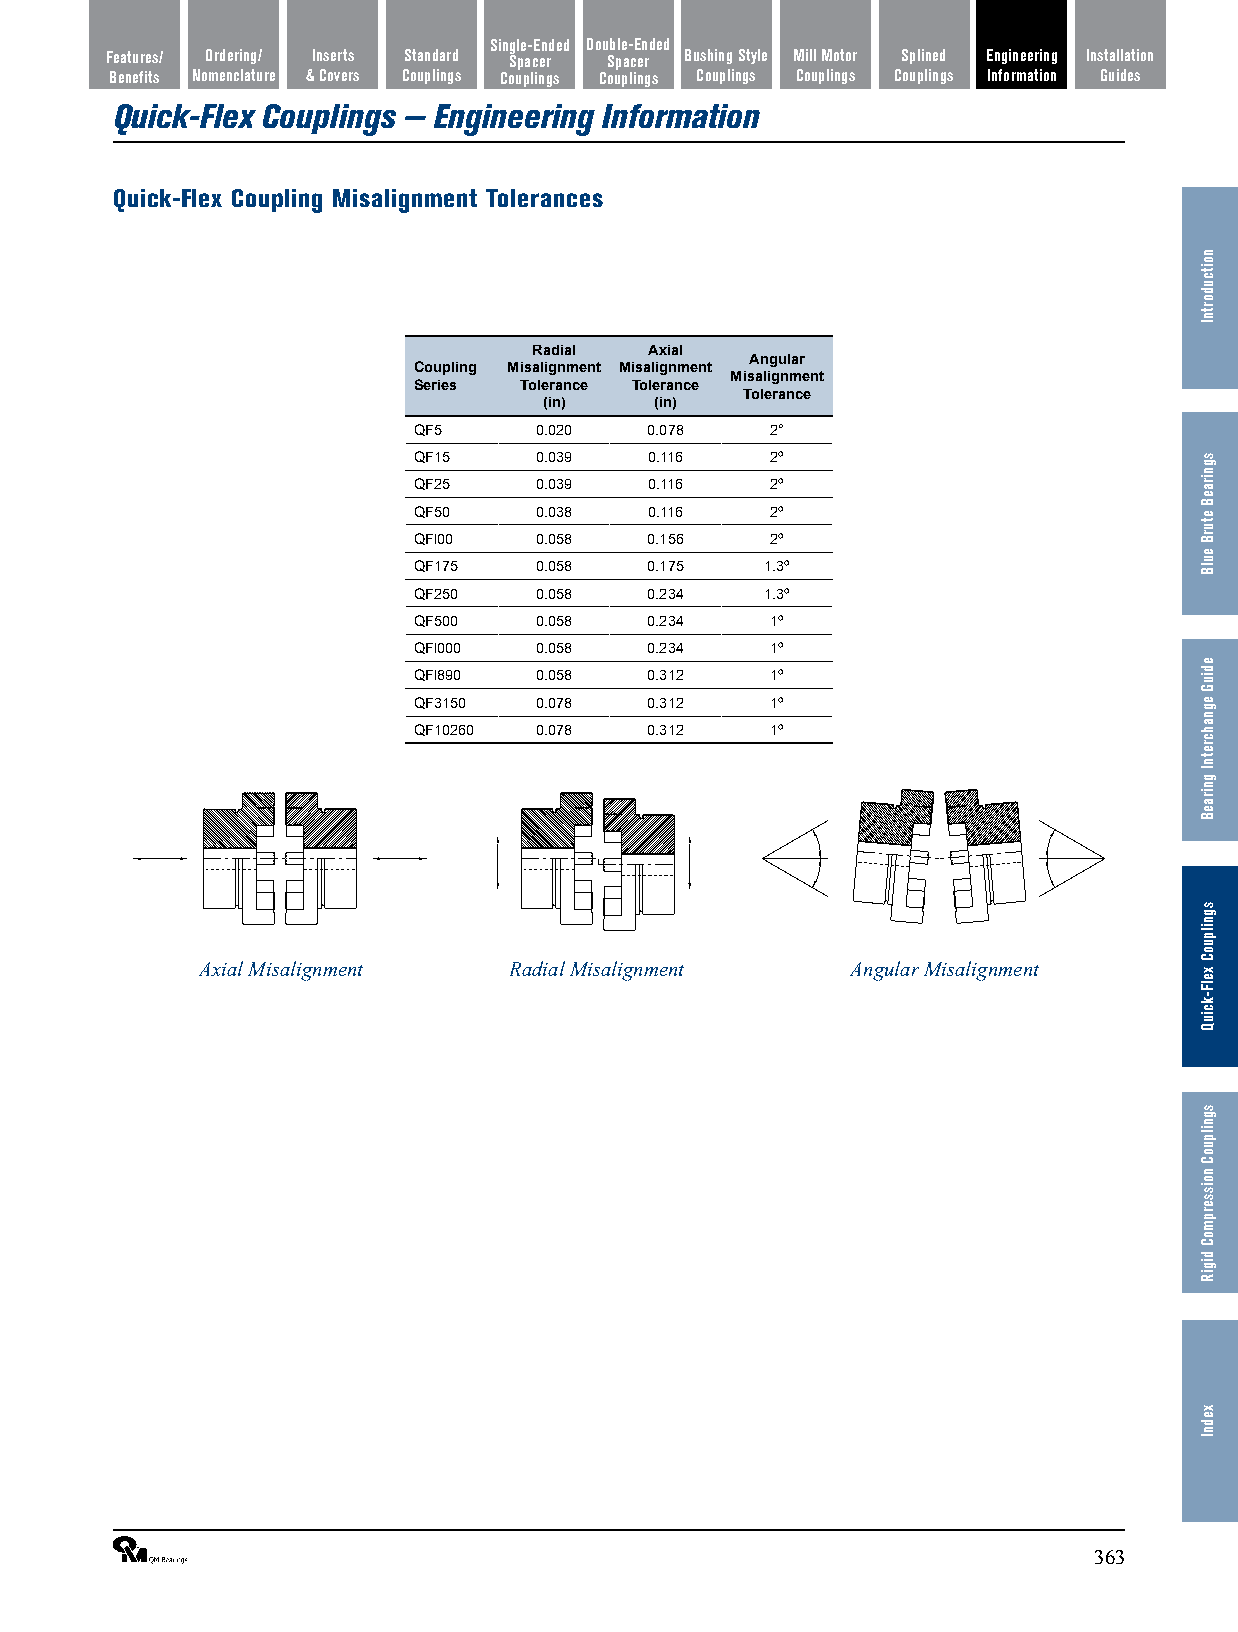
Single-Ended Double-Ended
 FFeeaattuurreess// Ordering/ Inserts Standard Spacer Spacer Bushing Style Mill Motor Splined Engineering Installation
 BBeenneeffiittss Nomenclature & Covers Couplings Couplings Couplings Couplings Couplings Couplings Information Guides
 Quick-Flex Couplings — Engineering Information
 Quick-Flex Coupling Misalignment Tolerances
 Radial  Axial
 Angular
 Coupling Misalignment Misalignment
 Misalignment
 Series Tolerance Tolerance
 Tolerance
 (in)   (in)
 QF5     0.020   0.078   2°
 QF15    0.039   0.116   2º
 QF25    0.039   0.116   2º
 QF50    0.038   0.116   2º
 QFl00   0.058   0.156   2º
 QF175   0.058   0.175   1.3º
 QF250   0.058   0.234   1.3º
 QF500   0.058   0.234   1º
 QFl000  0.058   0.234   1º
 QFl890  0.058   0.312   1º
 QF3150  0.078   0.312   1º
 QF10260 0.078   0.312   1º
 Axial Misalignment   Radial Misalignment   Angular Misalignment
 ®                                                              363
 noitcudortnI
 sgniraeB
 eturB
 eulB
 ediuG
 egnahcretnI
 gniraeB
 sgnilpuoC
 xelF-kciuQ
 sgnilpuoC
 noisserpmoC
 digiR
 xednI